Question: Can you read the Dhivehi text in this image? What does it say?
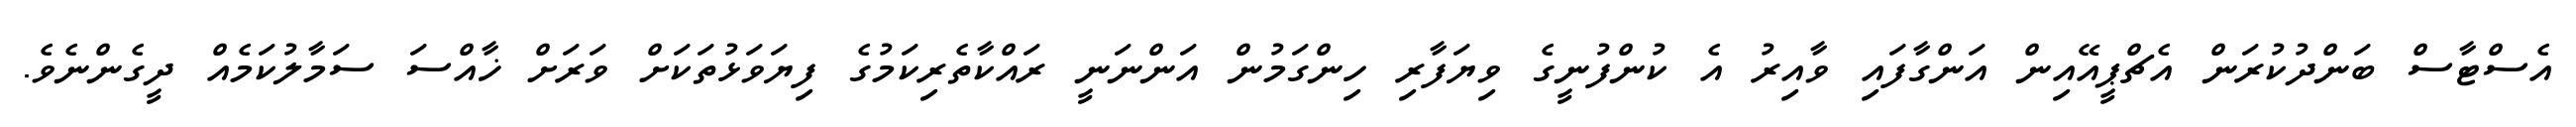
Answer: އެސްޓާސް ބަންދުކުރަން އެޗްޕީއޭއިން އަންގާފައި ވާއިރު އެ ކުންފުނީގެ ވިޔަފާރި ހިންގަމުން އަންނަނީ ރައްކާތެރިކަމުގެ ފިޔަވަޅުތަކަށް ވަރަށް ޚާއްސަ ސަމާލުކަމެއް ދީގެންނެވެ.